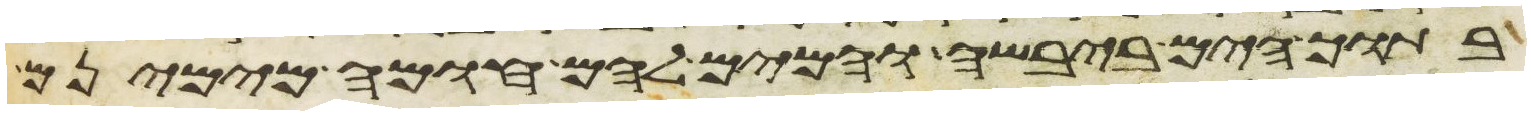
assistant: בתוך הים ביבשה והמים להם חומה מימינם